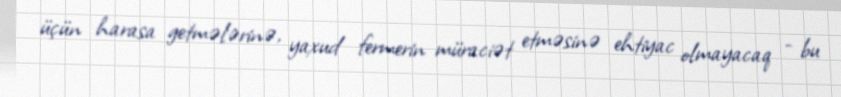
üçün harasa getmələrinə, yaxud fermerin müraciət etməsinə ehtiyac olmayacaq - bu